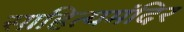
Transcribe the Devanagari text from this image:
साहित्यमंदिर